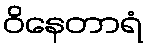
ဝိနေတာရံ